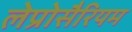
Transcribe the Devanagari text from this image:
लेप्रोसैरियम